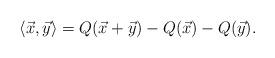
LaTeX: \begin{align*} \langle \vec{x}, \vec{y} \rangle = Q(\vec{x} + \vec{y}) - Q(\vec{x}) - Q(\vec{y}).\end{align*}